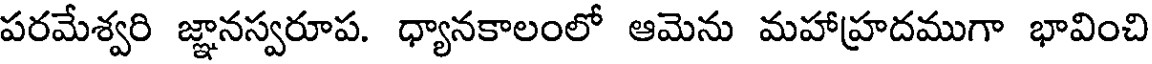
పరమేశ్వరి జ్ఞానస్వరూప. ధ్యానకాలంలో ఆమెను మహాహ్రదముగా భావించి